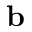
\mathbf { b }